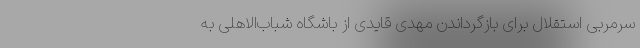
سرمربی استقلال برای بازگرداندن مهدی قایدی از باشگاه شباب‌الاهلی به